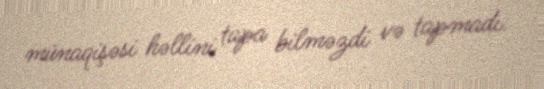
münaqişəsi həllini tapa bilməzdi və tapmadı.